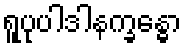
ရူပုပါဒါနက္ခန္ဓော